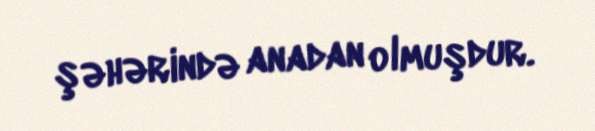
şəhərində anadan olmuşdur.